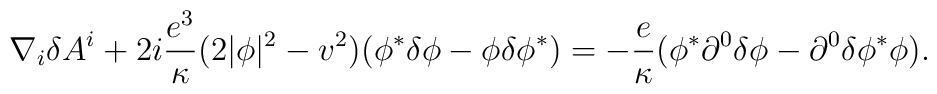
\nabla_i\delta A^i+2i{e^3\over\kappa}(2|\phi|^2-v^2) (\phi^* \delta \phi -\phi \delta\phi^*)= -{e\over\kappa} (\phi^* \partial^0 \delta \phi -\partial^0\delta\phi^*\phi).